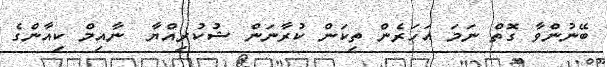
ބޭނުންވާ ގޮތް ނަމަ އަހަރެން ތިކަން ކުރާނަން ޝުކުރިއްޔާ  ނާއިމް ކިއާންގެ